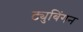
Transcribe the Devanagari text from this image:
ट्युबिंगन